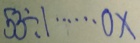
5 3 \div 1 \cdots 0 x